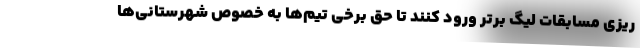
ریزی مسابقات لیگ برتر ورود کنند تا حق برخی تیم‌ها به خصوص شهرستانی‌ها